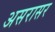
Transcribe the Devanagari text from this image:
असरासर